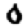
Digit: 0